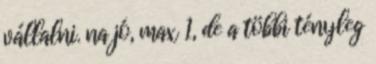
vállalni. na jó, max 1, de a többi tényleg